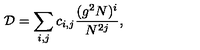
{ \cal D } = \sum _ { i , j } c _ { i , j } \frac { ( g ^ { 2 } N ) ^ { i } } { N ^ { 2 j } } ,